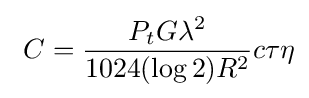
\ C={\frac {P_{t}G\lambda ^{2}}{1024(\log 2)R^{2}}}c\tau \eta